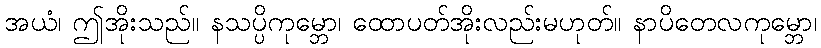
အယံ၊ ဤအိုးသည်။ နသပ္ပိကုမ္ဘော၊ ထောပတ်အိုးလည်းမဟုတ်။ နာပိတေလကုမ္ဘော၊